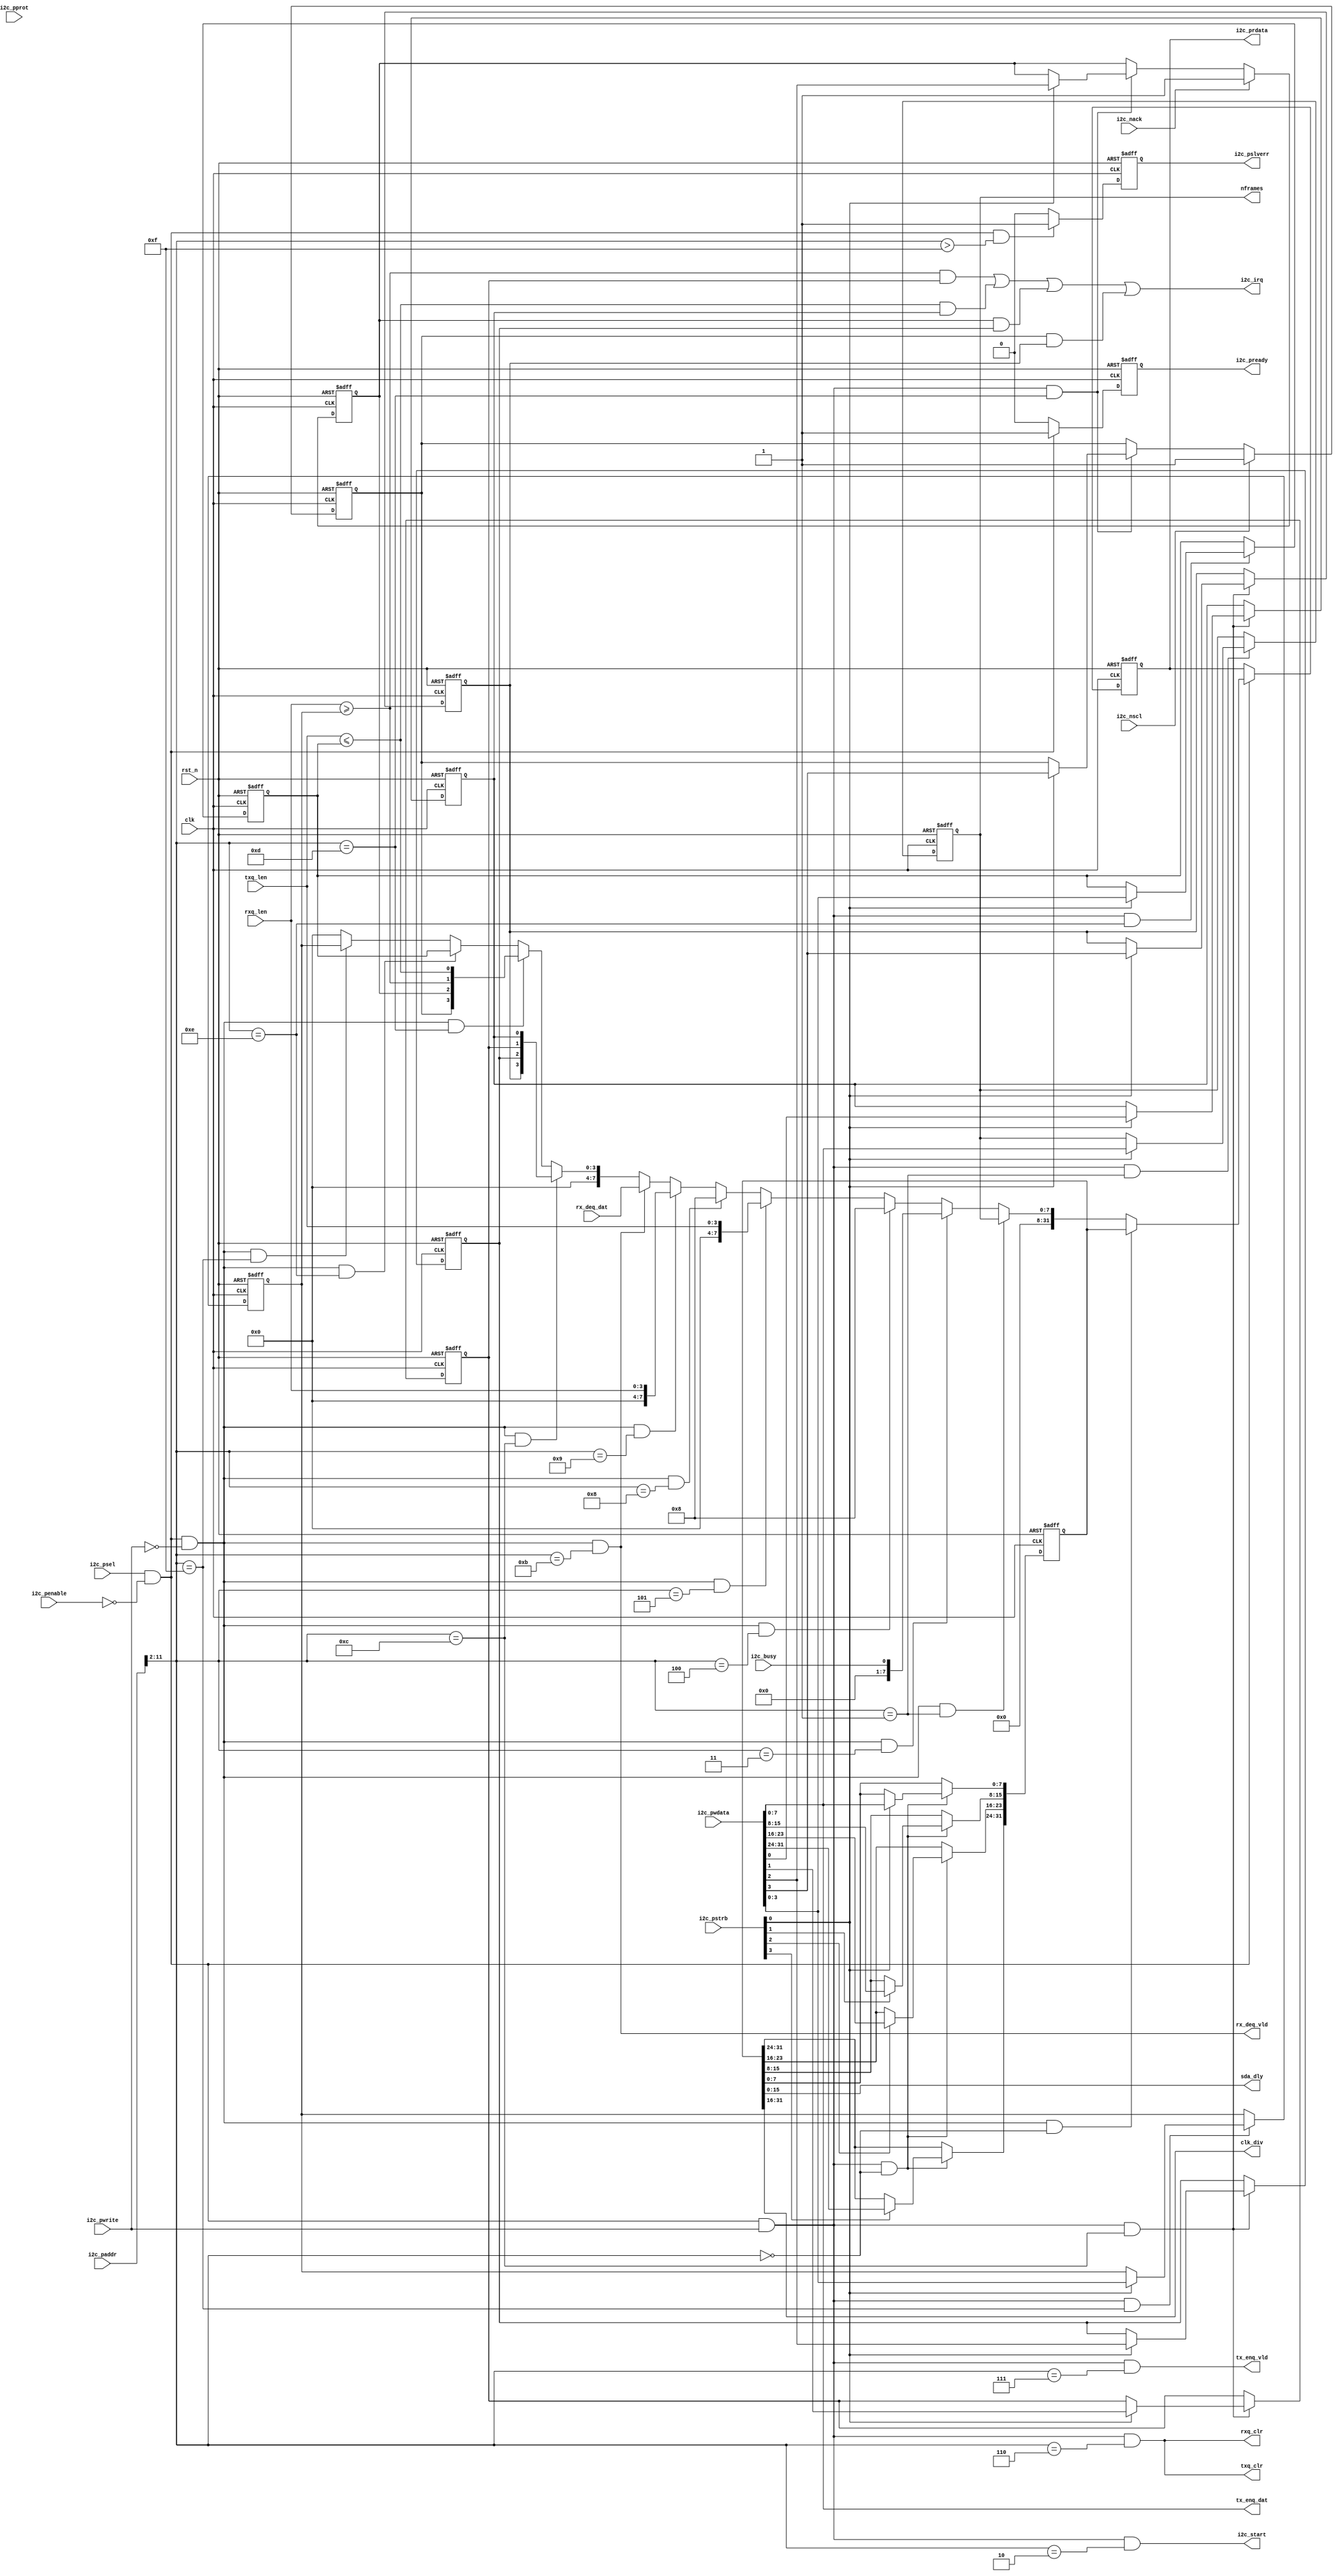
//************************************************************
// See LICENSE for license details.
//
// Module: uv_i2c_reg
//
// Designer: Owen
//
// Description:
//      I2C register access by bus.
//************************************************************

`timescale 1ns / 1ps

module uv_i2c_reg
#(
    parameter ALEN                  = 12,
    parameter DLEN                  = 32,
    parameter MLEN                  = DLEN / 8,
    parameter TXQ_AW                = 3,
    parameter TXQ_DP                = 2**TXQ_AW,
    parameter RXQ_AW                = 3,
    parameter RXQ_DP                = 2**RXQ_AW
)
(
    input                           clk,
    input                           rst_n,

    // APB ports.
    input                           i2c_psel,
    input                           i2c_penable,
    input  [2:0]                    i2c_pprot,
    input  [ALEN-1:0]               i2c_paddr,
    input  [MLEN-1:0]               i2c_pstrb,
    input                           i2c_pwrite,
    input  [DLEN-1:0]               i2c_pwdata,
    output [DLEN-1:0]               i2c_prdata,
    output                          i2c_pready,
    output                          i2c_pslverr,

    // I2C control & status.
    output                          i2c_start,
    input                           i2c_busy,
    input                           i2c_nack,
    input                           i2c_nscl,

    // I2C configs.
    output [7:0]                    nframes,
    output [15:0]                   sda_dly,
    output [15:0]                   clk_div,

    // Queue operations.
    output                          tx_enq_vld,
    output [7:0]                    tx_enq_dat,
    output                          rx_deq_vld,
    input  [7:0]                    rx_deq_dat,

    output                          txq_clr,
    output                          rxq_clr,
    input  [TXQ_AW:0]               txq_len,
    input  [RXQ_AW:0]               rxq_len,
    output                          i2c_irq
);

    localparam UDLY                 = 1;
    localparam ADDR_DEC_WIDTH       = ALEN - 2;

    localparam REG_I2C_GLB_CFG      = 0;
    localparam REG_I2C_NFRAMES      = 1;
    localparam REG_I2C_START        = 2;
    localparam REG_I2C_BUSY         = 3;
    localparam REG_I2C_TXQ_CAP      = 4;
    localparam REG_I2C_TXQ_LEN      = 5;
    localparam REG_I2C_TXQ_CLR      = 6;
    localparam REG_I2C_TXQ_DAT      = 7;
    localparam REG_I2C_RXQ_CAP      = 8;
    localparam REG_I2C_RXQ_LEN      = 9;
    localparam REG_I2C_RXQ_CLR      = 10;
    localparam REG_I2C_RXQ_DAT      = 11;
    localparam REG_I2C_IE           = 12;
    localparam REG_I2C_IP           = 13;
    localparam REG_I2C_TX_IRQ_TH    = 14;
    localparam REG_I2C_RX_IRQ_TH    = 15;
    localparam REG_ADDR_MAX         = 15;

    wire [ADDR_DEC_WIDTH-1:0]       dec_addr;

    reg  [31:0]                     i2c_glb_cfg_r;
    reg  [7:0]                      i2c_nframes_r;
    reg                             i2c_tx_ie_r;
    reg                             i2c_rx_ie_r;
    reg                             i2c_nack_ie_r;
    reg                             i2c_nscl_ie_r;
    wire                            i2c_tx_ip;
    wire                            i2c_rx_ip;
    reg                             i2c_nack_ip_r;
    reg                             i2c_nscl_ip_r;
    reg  [TXQ_AW:0]                 i2c_tx_irq_th_r;
    reg  [RXQ_AW:0]                 i2c_rx_irq_th_r;

    wire                            i2c_glb_cfg_match;
    wire                            i2c_nframes_match;
    wire                            i2c_start_match;
    wire                            i2c_busy_match;
    wire                            i2c_txq_cap_match;
    wire                            i2c_txq_len_match;
    wire                            i2c_txq_clr_match;
    wire                            i2c_txq_dat_match;
    wire                            i2c_rxq_cap_match;
    wire                            i2c_rxq_len_match;
    wire                            i2c_rxq_clr_match;
    wire                            i2c_rxq_dat_match;
    wire                            i2c_ie_match;
    wire                            i2c_ip_match;
    wire                            i2c_tx_irq_th_match;
    wire                            i2c_rx_irq_th_match;
    wire                            addr_mismatch;

    wire                            i2c_glb_cfg_wr;
    wire                            i2c_nframes_wr;
    wire                            i2c_start_wr;
    wire                            i2c_txq_clr_wr;
    wire                            i2c_txq_dat_wr;
    wire                            i2c_rxq_clr_wr;
    wire                            i2c_ie_wr;
    wire                            i2c_tx_irq_th_wr;
    wire                            i2c_rx_irq_th_wr;

    wire                            i2c_glb_cfg_rd;
    wire                            i2c_nframes_rd;
    wire                            i2c_busy_rd;
    wire                            i2c_txq_cap_rd;
    wire                            i2c_txq_len_rd;
    wire                            i2c_rxq_cap_rd;
    wire                            i2c_rxq_len_rd;
    wire                            i2c_rxq_dat_rd;
    wire                            i2c_ie_rd;
    wire                            i2c_ip_rd;
    wire                            i2c_tx_irq_th_rd;
    wire                            i2c_rx_irq_th_rd;

    reg                             rsp_vld_r;
    reg                             rsp_excp_r;
    reg  [DLEN-1:0]                 rsp_data;
    reg  [DLEN-1:0]                 rsp_data_r;

    // Address decoding.
    assign dec_addr                 = i2c_paddr[ALEN-1:2];
    assign i2c_glb_cfg_match        = dec_addr == REG_I2C_GLB_CFG[ADDR_DEC_WIDTH-1:0];
    assign i2c_nframes_match        = dec_addr == REG_I2C_NFRAMES[ADDR_DEC_WIDTH-1:0];
    assign i2c_start_match          = dec_addr == REG_I2C_START  [ADDR_DEC_WIDTH-1:0];
    assign i2c_busy_match           = dec_addr == REG_I2C_BUSY   [ADDR_DEC_WIDTH-1:0];
    assign i2c_txq_cap_match        = dec_addr == REG_I2C_TXQ_CAP[ADDR_DEC_WIDTH-1:0];
    assign i2c_txq_len_match        = dec_addr == REG_I2C_TXQ_LEN[ADDR_DEC_WIDTH-1:0];
    assign i2c_txq_clr_match        = dec_addr == REG_I2C_TXQ_CLR[ADDR_DEC_WIDTH-1:0];
    assign i2c_txq_dat_match        = dec_addr == REG_I2C_TXQ_DAT[ADDR_DEC_WIDTH-1:0];
    assign i2c_rxq_cap_match        = dec_addr == REG_I2C_RXQ_CAP[ADDR_DEC_WIDTH-1:0];
    assign i2c_rxq_len_match        = dec_addr == REG_I2C_RXQ_LEN[ADDR_DEC_WIDTH-1:0];
    assign i2c_rxq_clr_match        = dec_addr == REG_I2C_RXQ_CLR[ADDR_DEC_WIDTH-1:0];
    assign i2c_rxq_dat_match        = dec_addr == REG_I2C_RXQ_DAT[ADDR_DEC_WIDTH-1:0];
    assign i2c_ie_match             = dec_addr == REG_I2C_IE[ADDR_DEC_WIDTH-1:0];
    assign i2c_ip_match             = dec_addr == REG_I2C_IP[ADDR_DEC_WIDTH-1:0];
    assign i2c_tx_irq_th_match      = dec_addr == REG_I2C_TX_IRQ_TH[ADDR_DEC_WIDTH-1:0];
    assign i2c_rx_irq_th_match      = dec_addr == REG_I2C_RX_IRQ_TH[ADDR_DEC_WIDTH-1:0];
    assign addr_mismatch            = dec_addr >  REG_ADDR_MAX[ADDR_DEC_WIDTH-1:0];

    assign i2c_glb_cfg_wr           = i2c_psel & (~i2c_penable) & i2c_pwrite & i2c_glb_cfg_match;
    assign i2c_nframes_wr           = i2c_psel & (~i2c_penable) & i2c_pwrite & i2c_nframes_match;
    assign i2c_start_wr             = i2c_psel & (~i2c_penable) & i2c_pwrite & i2c_start_match;
    assign i2c_txq_clr_wr           = i2c_psel & (~i2c_penable) & i2c_pwrite & i2c_txq_clr_match;
    assign i2c_txq_dat_wr           = i2c_psel & (~i2c_penable) & i2c_pwrite & i2c_txq_dat_match;
    assign i2c_rxq_clr_wr           = i2c_psel & (~i2c_penable) & i2c_pwrite & i2c_txq_clr_match;
    assign i2c_ie_wr                = i2c_psel & (~i2c_penable) & i2c_pwrite & i2c_ie_match;
    assign i2c_ip_wr                = i2c_psel & (~i2c_penable) & i2c_pwrite & i2c_ip_match;
    assign i2c_tx_irq_th_wr         = i2c_psel & (~i2c_penable) & i2c_pwrite & i2c_tx_irq_th_match;
    assign i2c_rx_irq_th_wr         = i2c_psel & (~i2c_penable) & i2c_pwrite & i2c_rx_irq_th_match;

    assign i2c_glb_cfg_rd           = i2c_psel & (~i2c_penable) & (~i2c_pwrite) & i2c_glb_cfg_match;
    assign i2c_nframes_rd           = i2c_psel & (~i2c_penable) & (~i2c_pwrite) & i2c_nframes_match;
    assign i2c_busy_rd              = i2c_psel & (~i2c_penable) & (~i2c_pwrite) & i2c_busy_match;
    assign i2c_txq_cap_rd           = i2c_psel & (~i2c_penable) & (~i2c_pwrite) & i2c_txq_cap_match;
    assign i2c_txq_len_rd           = i2c_psel & (~i2c_penable) & (~i2c_pwrite) & i2c_txq_len_match;
    assign i2c_rxq_cap_rd           = i2c_psel & (~i2c_penable) & (~i2c_pwrite) & i2c_rxq_cap_match;
    assign i2c_rxq_len_rd           = i2c_psel & (~i2c_penable) & (~i2c_pwrite) & i2c_rxq_len_match;
    assign i2c_rxq_dat_rd           = i2c_psel & (~i2c_penable) & (~i2c_pwrite) & i2c_rxq_dat_match;
    assign i2c_ie_rd                = i2c_psel & (~i2c_penable) & (~i2c_pwrite) & i2c_ie_match;
    assign i2c_ip_rd                = i2c_psel & (~i2c_penable) & (~i2c_pwrite) & i2c_ip_match;
    assign i2c_tx_irq_th_rd         = i2c_psel & (~i2c_penable) & (~i2c_pwrite) & i2c_tx_irq_th_match;
    assign i2c_rx_irq_th_rd         = i2c_psel & (~i2c_penable) & (~i2c_pwrite) & i2c_rx_irq_th_match;

    // Bus response.
    assign i2c_prdata               = rsp_data_r;
    assign i2c_pready               = rsp_vld_r;
    assign i2c_pslverr              = rsp_excp_r;

    // Output configs.
    assign sda_dly                  = i2c_glb_cfg_r[15:0];
    assign clk_div                  = i2c_glb_cfg_r[31:16];
    assign nframes                  = i2c_nframes_r;

    assign i2c_start                = i2c_start_wr;

    assign txq_clr                  = i2c_txq_clr_wr;
    assign rxq_clr                  = i2c_rxq_clr_wr;

    // Output data.
    assign tx_enq_vld               = i2c_txq_dat_wr;
    assign tx_enq_dat               = i2c_pwdata[7:0];
    assign rx_deq_vld               = i2c_rxq_dat_rd;

    // Interrupt.
    assign i2c_tx_ip                = txq_len <= i2c_tx_irq_th_r;
    assign i2c_rx_ip                = rxq_len >= i2c_rx_irq_th_r;
    assign i2c_irq                  = (i2c_rx_ip & i2c_rx_ie_r)
                                    | (i2c_tx_ip & i2c_tx_ie_r)
                                    | (i2c_nack_ip_r & i2c_nack_ie_r)
                                    | (i2c_nscl_ip_r & i2c_nscl_ie_r);

    // Write registers from bus.
    always @(posedge clk or negedge rst_n) begin
        if (~rst_n) begin
            i2c_glb_cfg_r <= 32'b0;
        end
        else begin
            if (i2c_glb_cfg_wr) begin
                i2c_glb_cfg_r[7:0]   <= #UDLY i2c_pstrb[0] ? i2c_pwdata[7:0]   : i2c_glb_cfg_r[7:0];
                i2c_glb_cfg_r[15:8]  <= #UDLY i2c_pstrb[1] ? i2c_pwdata[15:8]  : i2c_glb_cfg_r[15:8];
                i2c_glb_cfg_r[23:16] <= #UDLY i2c_pstrb[2] ? i2c_pwdata[23:16] : i2c_glb_cfg_r[23:16];
                i2c_glb_cfg_r[31:24] <= #UDLY i2c_pstrb[3] ? i2c_pwdata[31:24] : i2c_glb_cfg_r[31:24];
            end
        end
    end

    always @(posedge clk or negedge rst_n) begin
        if (~rst_n) begin
            i2c_nframes_r <= 8'b0;
        end
        else begin
            if (i2c_nframes_wr) begin
                i2c_nframes_r[7:0]  <= #UDLY i2c_pstrb[0] ? i2c_pwdata[7:0] : i2c_nframes_r[7:0];
            end
        end
    end

    always @(posedge clk or negedge rst_n) begin
        if (~rst_n) begin
            i2c_tx_ie_r   <= 1'b0;
            i2c_rx_ie_r   <= 1'b0;
            i2c_nack_ie_r <= 1'b0;
            i2c_nscl_ie_r <= 1'b0;
        end
        else begin
            if (i2c_ie_wr) begin
                i2c_tx_ie_r   <= #UDLY i2c_pstrb[0] ? i2c_pwdata[0] : i2c_tx_ie_r;
                i2c_rx_ie_r   <= #UDLY i2c_pstrb[0] ? i2c_pwdata[1] : i2c_rx_ie_r;
                i2c_nack_ie_r <= #UDLY i2c_pstrb[0] ? i2c_pwdata[2] : i2c_nack_ie_r;
                i2c_nscl_ie_r <= #UDLY i2c_pstrb[0] ? i2c_pwdata[3] : i2c_nscl_ie_r;
            end
        end
    end

    always @(posedge clk or negedge rst_n) begin
        if (~rst_n) begin
            i2c_nack_ip_r <= 1'b0;
        end
        else begin
            if (i2c_nack) begin
                i2c_nack_ip_r <= #UDLY 1'b1;
            end
            else if (i2c_ip_wr) begin
                i2c_nack_ip_r <= #UDLY i2c_pstrb[0] ? i2c_pwdata[2] : i2c_nack_ip_r;
            end
        end
    end

    always @(posedge clk or negedge rst_n) begin
        if (~rst_n) begin
            i2c_nscl_ip_r <= 1'b0;
        end
        else begin
            if (i2c_nscl) begin
                i2c_nscl_ip_r <= #UDLY 1'b1;
            end
            else if (i2c_ip_wr) begin
                i2c_nscl_ip_r <= #UDLY i2c_pstrb[0] ? i2c_pwdata[3] : i2c_nscl_ip_r;
            end
        end
    end

    always @(posedge clk or negedge rst_n) begin
        if (~rst_n) begin
            i2c_tx_irq_th_r <= {(TXQ_AW+1){1'b0}};
        end
        else begin
            if (i2c_tx_irq_th_wr) begin
                i2c_tx_irq_th_r <= #UDLY i2c_pstrb[0] ? i2c_pwdata[TXQ_AW:0] : i2c_tx_irq_th_r;
            end
        end
    end

    always @(posedge clk or negedge rst_n) begin
        if (~rst_n) begin
            i2c_rx_irq_th_r <= {(RXQ_AW+1){1'b0}};
        end
        else begin
            if (i2c_rx_irq_th_wr) begin
                i2c_rx_irq_th_r <= #UDLY i2c_pstrb[0] ? i2c_pwdata[RXQ_AW:0] : i2c_rx_irq_th_r;
            end
        end
    end

    // Buffer bus response.
    always @(*) begin
        case (1'b1)
            i2c_glb_cfg_rd   : rsp_data = {{(DLEN-32){1'b0}}, i2c_glb_cfg_r};
            i2c_nframes_rd   : rsp_data = {{(DLEN-8){1'b0}}, i2c_nframes_r};
            i2c_busy_rd      : rsp_data = {{(DLEN-1){1'b0}}, i2c_busy};
            i2c_txq_cap_rd   : rsp_data = TXQ_DP[DLEN-1:0];
            i2c_txq_len_rd   : rsp_data = {{(DLEN-TXQ_AW-1){1'b0}}, txq_len};
            i2c_rxq_cap_rd   : rsp_data = RXQ_DP[DLEN-1:0];
            i2c_rxq_len_rd   : rsp_data = {{(DLEN-RXQ_AW-1){1'b0}}, rxq_len};
            i2c_rxq_dat_rd   : rsp_data = {{(DLEN-32){1'b0}}, rx_deq_dat};
            i2c_ie_rd        : rsp_data = {{(DLEN-4){1'b0}}, i2c_nscl_ie_r, i2c_nack_ie_r, i2c_rx_ie_r, i2c_tx_ie_r};
            i2c_ip_rd        : rsp_data = {{(DLEN-4){1'b0}}, i2c_nscl_ip_r, i2c_nack_ip_r, i2c_rx_ip, i2c_tx_ip};
            i2c_tx_irq_th_rd : rsp_data = {{(DLEN-TXQ_AW-1){1'b0}}, i2c_tx_irq_th_r};
            i2c_rx_irq_th_rd : rsp_data = {{(DLEN-TXQ_AW-1){1'b0}}, i2c_rx_irq_th_r};
            default          : rsp_data = {DLEN{1'b0}};
        endcase
    end

    always @(posedge clk or negedge rst_n) begin
        if (~rst_n) begin
            rsp_data_r <= {DLEN{1'b0}};
        end
        else begin
            if (i2c_psel & (~i2c_penable)) begin
                rsp_data_r <= #UDLY rsp_data;
            end
        end
    end

    always @(posedge clk or negedge rst_n) begin
        if (~rst_n) begin
            rsp_vld_r <= 1'b0;
        end
        else begin
            if (i2c_psel & (~i2c_penable)) begin
                rsp_vld_r <= #UDLY 1'b1;
            end
            else begin
                rsp_vld_r <= #UDLY 1'b0;
            end
        end
    end

    always @(posedge clk or negedge rst_n) begin
        if (~rst_n) begin
            rsp_excp_r <= 1'b0;
        end
        else begin
            if (i2c_psel & (~i2c_penable) & addr_mismatch) begin
                rsp_excp_r <= #UDLY 1'b1;
            end
            else begin
                rsp_excp_r <= #UDLY 1'b0;
            end
        end
    end

endmodule